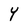
Character: Y